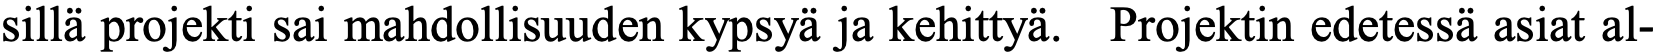
sillä projekti sai mahdollisuuden kypsyä ja kehittyä. Projektin edetessä asiat al-